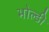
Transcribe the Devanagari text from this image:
भोल्डी